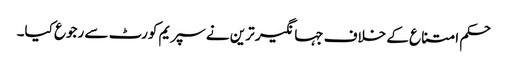
حکم امتناع کے خلاف جہانگیر ترین نے سپریم کورٹ سے رجوع کیا۔